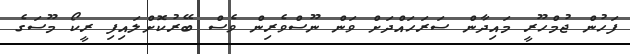
ފަހުން ޖުމްހޫރީ މައިދާން ސަރަހައްދަށް ވަން ނޫސްވެރިން ވެސް ބޭރުކޮށްލައިފި ރީކޯ މޫސަގެ